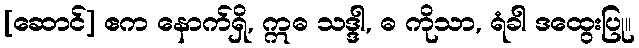
[ဆောင်] ဧက နောက်ရှိ, ဣဓ သဒ္ဒါ, ဓ ကိုသာ, ရံခါ ဒထွေးပြု။